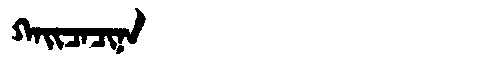
Manchu: ᡴᠠᡳᠴᠠᠴᡳᠨᠠ
Romanization: KAICACINA